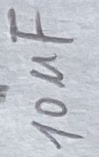
Text: 10uF